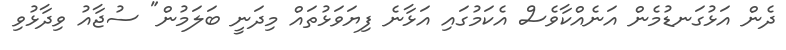
ދެން އަޅުގަނޑުމެން އަނެއްކާވެސް އެކަމުގައި އަޅާނެ ފިޔަވަޅުތައް މިދަނީ ބަލަމުން" ސުޖާއު ވިދާޅުވި